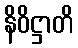
နိဝိဋ္ဌာတိ